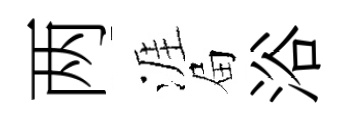
两涯屇浴